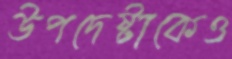
উপদেষ্টাকেও